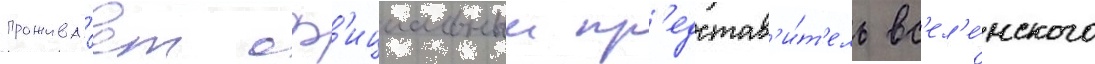
прожива́ет оф'ициальныи пр'едстав'и́т'ель вс'ел'е́нского